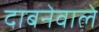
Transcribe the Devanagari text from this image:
दाबनेवाले